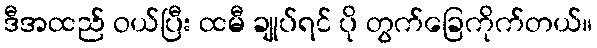
ဒီအထည် ဝယ်ပြီး ထမီ ချုပ်ရင် ပို တွက်ခြေကိုက်တယ်။